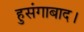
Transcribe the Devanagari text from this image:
हुसंगाबाद।